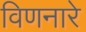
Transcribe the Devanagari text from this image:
विणनारे